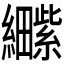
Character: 𫄕